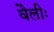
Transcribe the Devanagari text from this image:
वैलीः